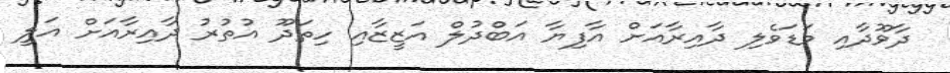
ދާވޫދާއި މަޑަވެލި ދާއިރާއަށް އާފިޔާ އަބްދުލް އަޒީޒާއި ހިތަދޫ އުތުރު ދާއިރާއަށް އަލީ